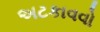
અટકાવવો